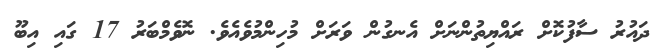
ދައުރު ސާފުކޮށް ރައްޔިތުންނަށް އެނގުން ވަރަށް މުހިންމުވެއެވެ. ނޮވެމްބަރު 17 ގައި އިބޫ